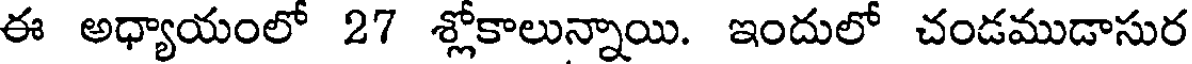
ఈ అధ్యాయంలో 27 శ్లోకాలున్నాయి. ఇందులో చండముడాసుర